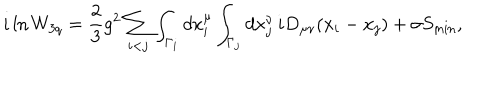
i \ln W _ { 3 q } = \frac { 2 } { 3 } g ^ { 2 } \sum _ { i < j } \int _ { \Gamma _ { i } } d x _ { i } ^ { \mu } \int _ { \Gamma _ { j } } d x _ { j } ^ { \nu } \, i D _ { \mu \nu } ( x _ { i } - x _ { j } ) + \sigma S _ { \min } ,